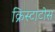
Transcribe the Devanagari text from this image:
क्रिस्टाटोस